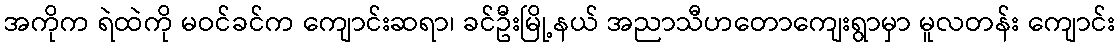
အကိုက ရဲထဲကို မဝင်ခင်က ကျောင်းဆရာ၊ ခင်ဦးမြို့နယ် အညာသီဟတောကျေးရွာမှာ မူလတန်း ကျောင်း